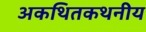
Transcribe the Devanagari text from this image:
अकथितकथनीय